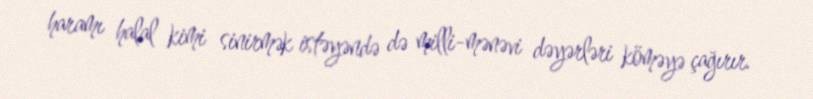
haramı halal kimi sinirmək istəyəndə də milli-mənəvi dəyərləri köməyə çağırır.